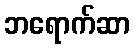
ဘရောက်ဆာ